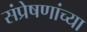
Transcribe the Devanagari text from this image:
संप्रेषणांच्या